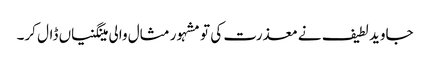
جاوید لطیف نے معذرت کی تو مشہور مثال والی مینگنیاں ڈال کر۔